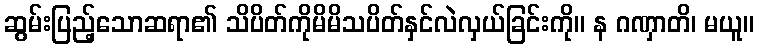
ဆွမ်းပြည့်သောဆရာ၏ သိပိတ်ကိုမိမိသပိတ်နှင်လဲလှယ်ခြင်းကို။ န ဂဏှာတိ၊ မယူ။